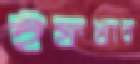
ইফখার